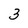
Character: 3